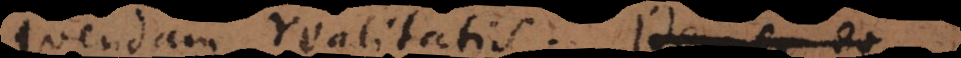
quendam realitatis; idem